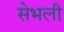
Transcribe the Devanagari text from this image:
सेभली